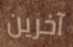
آخرين